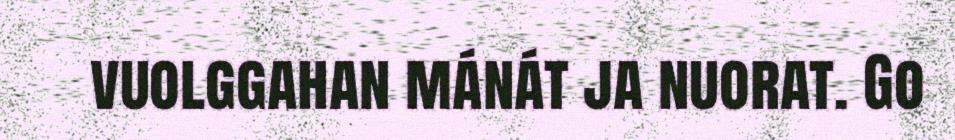
vuolggahan mánát ja nuorat. Go